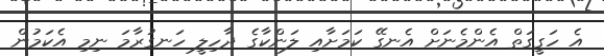
އެ ހަގީގަތް އެންމެނަށް އެނގޭ ކަމަށާއި ލަންކާގެ ދާހިލީ ހަނގުރާމަ ނިމި އެކަމުން